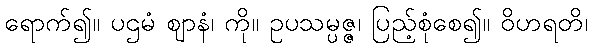
ရောက်၍။ ပဌမံ ဈာနံ၊ ကို။ ဥပသမ္ပဇ္ဇ၊ ပြည့်စုံစေ၍။ ဝိဟရတိ၊